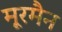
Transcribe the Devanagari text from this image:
मूरमैन